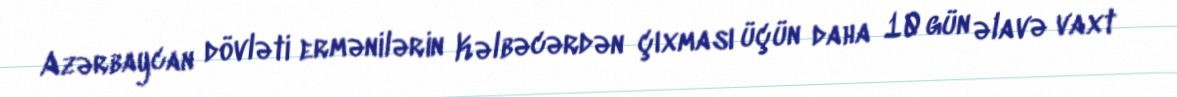
Azərbaycan dövləti ermənilərin Kəlbəcərdən çıxması üçün daha 10 gün əlavə vaxt